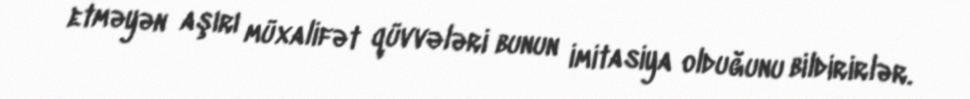
etməyən aşırı müxalifət qüvvələri bunun imitasiya olduğunu bildirirlər.